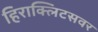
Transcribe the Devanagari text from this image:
हिराक्लिटसवर